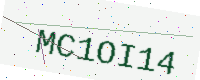
Text: MC1OI14